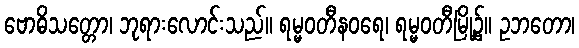
ဗောဓိသတ္တော၊ ဘုရားလောင်းသည်။ ရမ္မဝတီနဝရေ၊ ရမ္မဝတီမြို့၌။ ဥဘတော၊